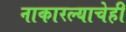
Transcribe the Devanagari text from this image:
नाकारल्याचेही